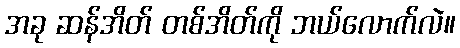
အခု ဆန်အိတ် တစ်အိတ်ကို ဘယ်လောက်လဲ။